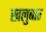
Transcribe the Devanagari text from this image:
खलुबार